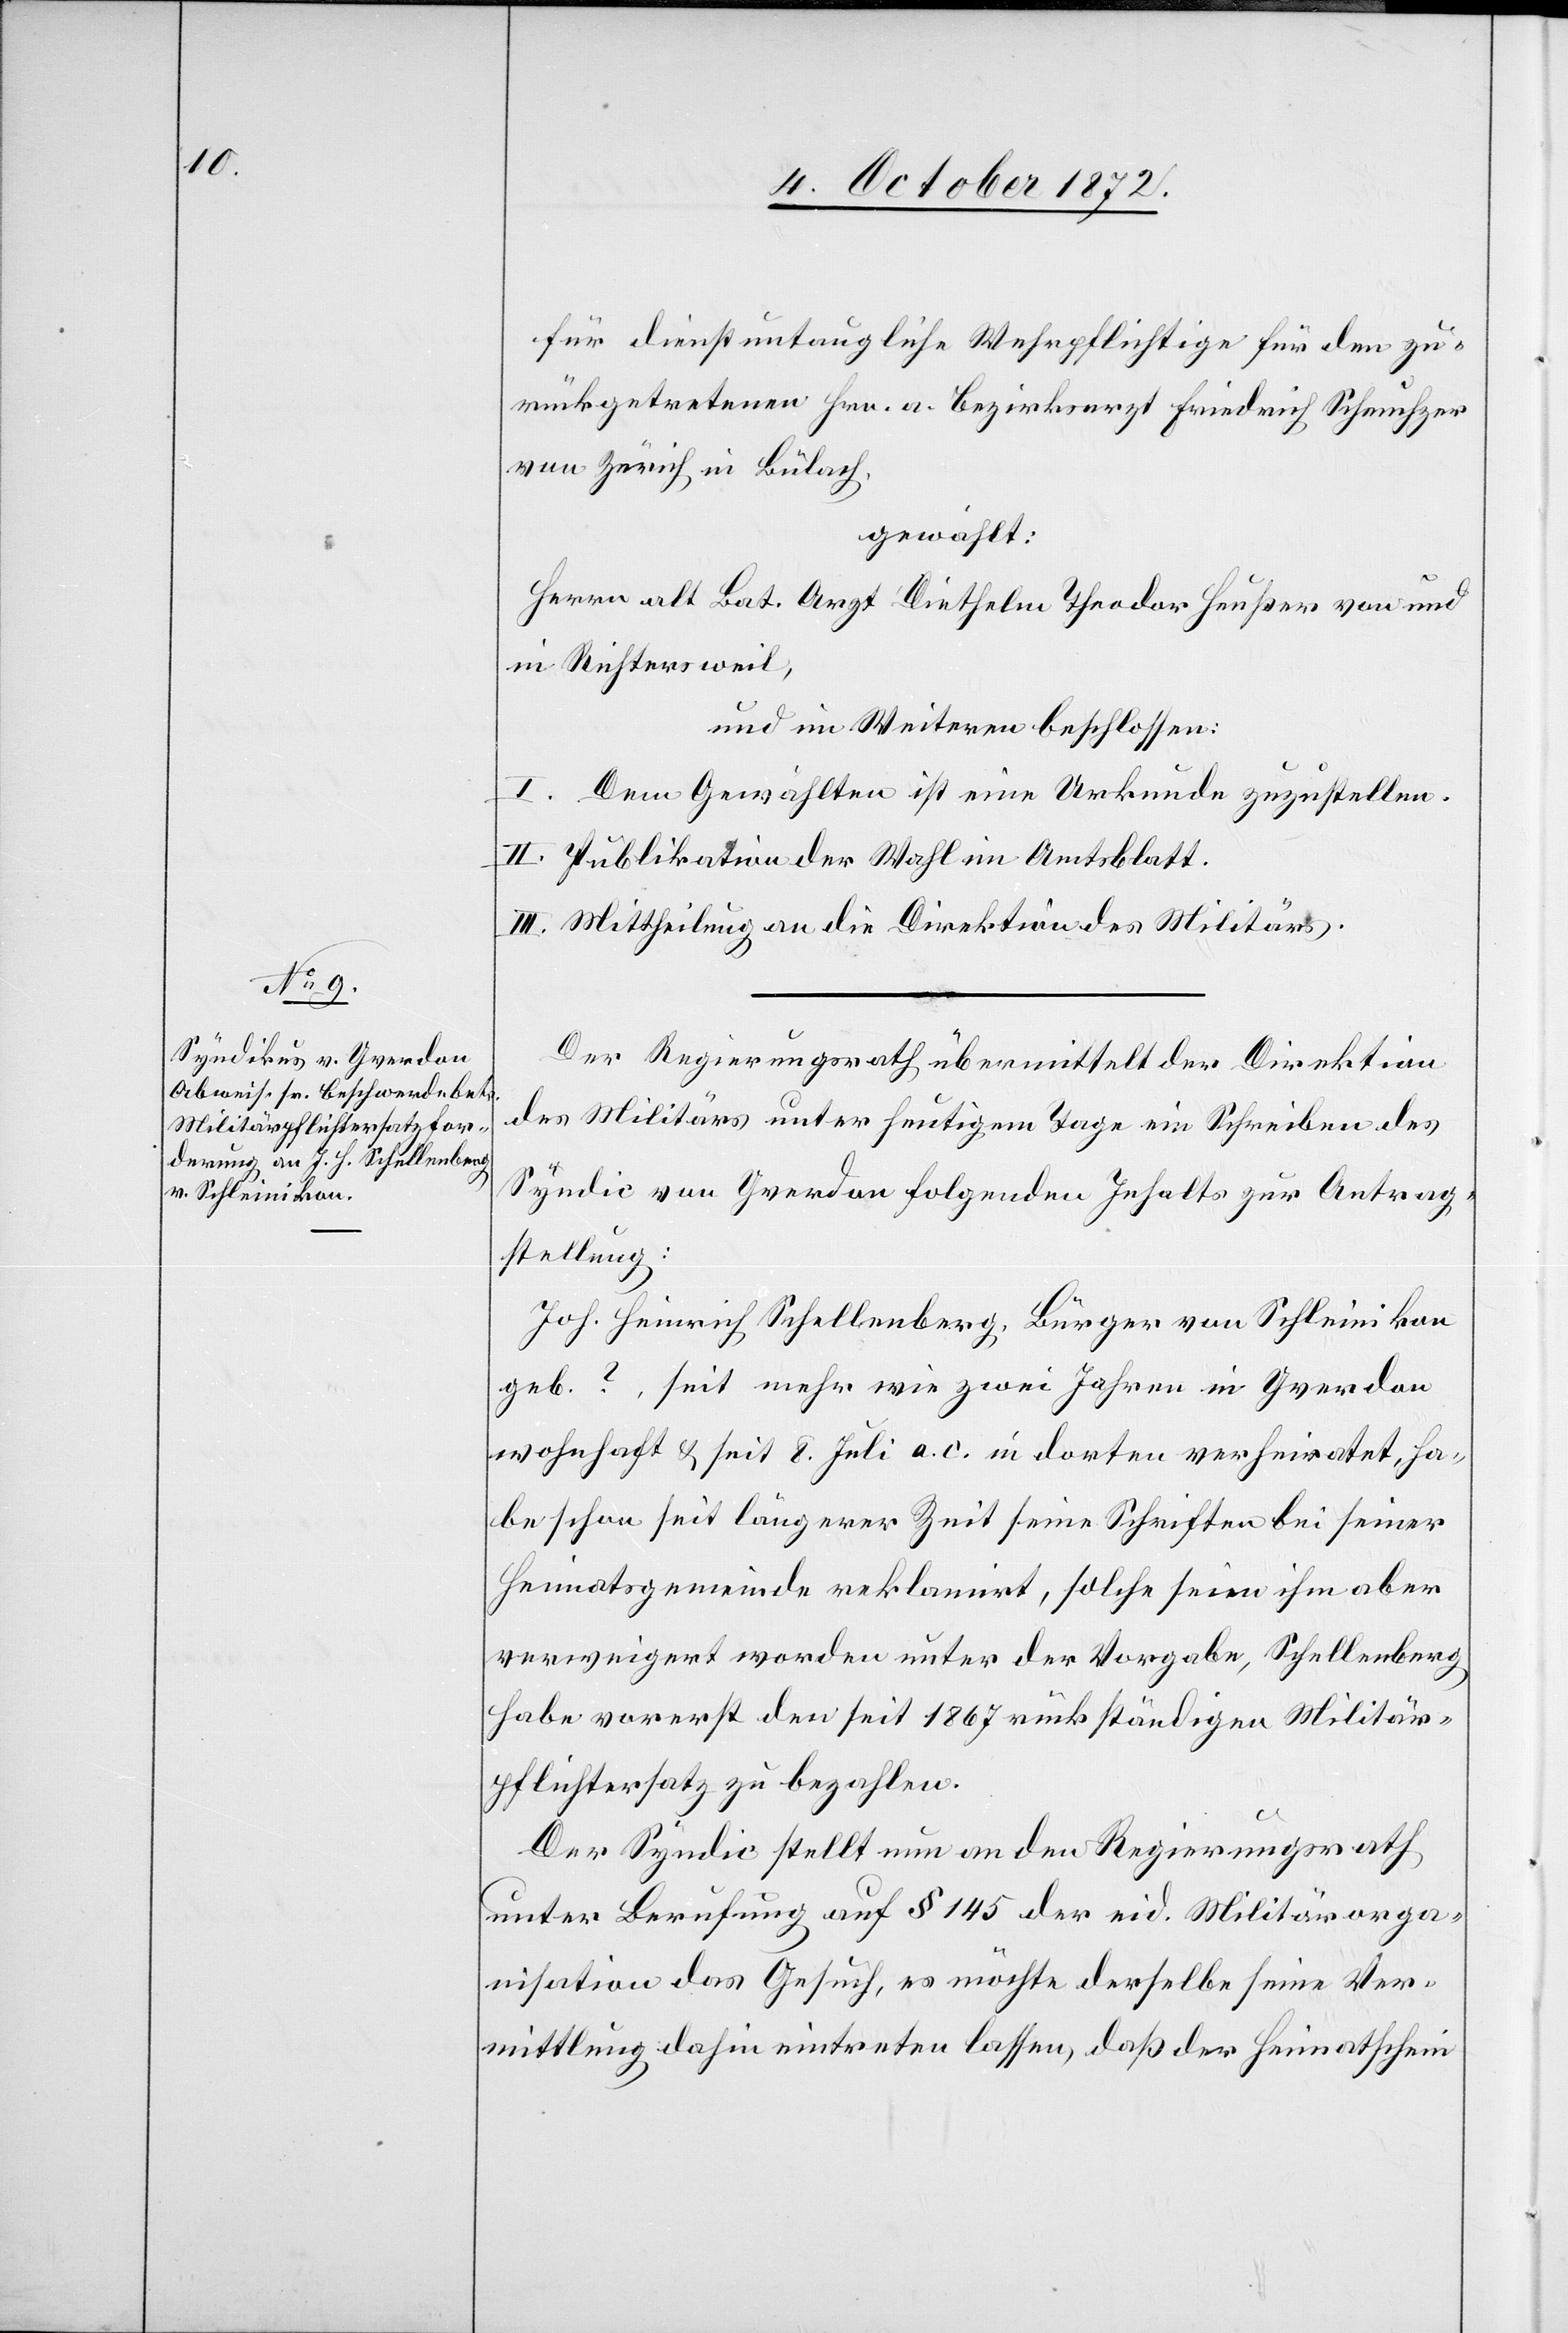
für dienstuntaugliche Wehrpflichtige für den zu¬
rückgetretenen Hrn. a. Bezirksrath Friedrich Scheuchzer
von Zürich in Bülach,
gewählt:
Herrn alt. Bat. Arzt Diethelm Theodor Heußer von und
in Richtersweil,
und im Weiteren beschlossen:
I. Dem Gewählten ist eine Urkunde zuzustellen.
II. Publikation der Wahl im Amtsblatt.
III. Mittheilung an die Direktion des Militärs.
Der Regierungsrath übermittelt der Direktion
des Militärs unter heutigem Tage ein Schreiben des
Syndic von Yverdon folgenden Inhalts zur Antrag¬
stellung:
Joh. Heinrich Schellenberg, Bürger von Schleinikon
geb. ? [sic!], seit mehr wie zwei Jahren in Yverdon
wohnhaft u. seit 8. Juli a. c. in dorten verheiratet, ha¬
be schon seit längerer Zeit seine Schriften bei seiner
Heimatsgemeinde reklamirt, solche seien ihm aber
verweigert worden unter der Vorgabe, Schellenberg
habe vorerst den seit 1867 rückständigen Militär¬
pflichtersatz zu bezahlen.
Der Syndic stellt nun an den Regierungsrath
unter Berufung auf § 145 der eid. Militärorga¬
nisation das Gesuch, es möchte derselbe seine Ver¬
mittlung dahin eintreten lassen, daß der Heimatschein